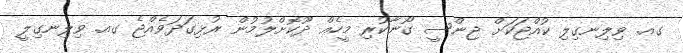
ގއ. ވިލިނގިލި ކުއްޖަކަށް ޖިންސީ ގޯނާކުރި މީހެއް ދޫކޮށްލުމުން ރުޅިގަދަވެއްޖެ ގއ. ވިލިނގިލީ